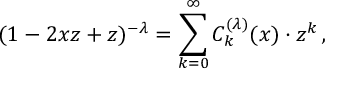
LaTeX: ( 1 - 2 x z + z ) ^ { - \lambda } = \sum _ { k = 0 } ^ { \infty } C _ { k } ^ { ( \lambda ) } ( x ) \cdot z ^ { k } \, ,